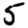
Digit: 5